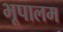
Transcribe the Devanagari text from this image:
भूपालम